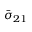
\bar { \sigma } _ { 2 1 }